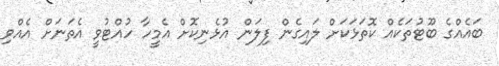
ބައެއްގެ ބޫޓުތަކެއް ކޮތަޅަކަށް ލައިގެން ފިލަން އުޅެނިކޮށް އެމީހާ ހުއްޓުވީ އެތަނަށް އެއްވި